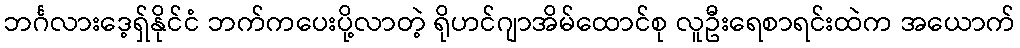
ဘင်္ဂလားဒေ့ရှ်နိုင်ငံ ဘက်ကပေးပို့လာတဲ့ ရိုဟင်ဂျာအိမ်ထောင်စု လူဦးရေစာရင်းထဲက အယောက်